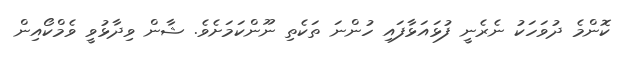
ކޮންމެ ދުވަހަކު ނެރެނީ ފުޅައަޅާފައި ހުންނަ ތަކެތި ނޫންކަމަށެވެ. ޝާން ވިދާޅުވީ ވެމްކޯއިން